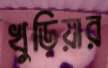
খুড়িয়ার